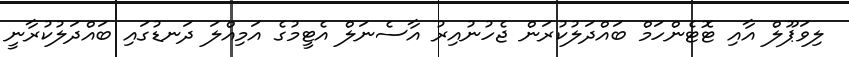
ލިވަޕޫލް އާއި ޓޮޓެންހަމް ބައްދަލުކުރަން ޖެހުނުއިރު އާސެނަލް އެޓީމުގެ އަމިއްލަ ދަނޑުގައި ބައްދަލުކުރާނީ